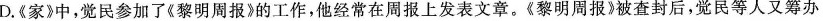
D.《家》中，觉民参加了《黎明周报》的工作，他经常在周报上发表文章。《黎明周报》被查封后，觉民等人又筹办